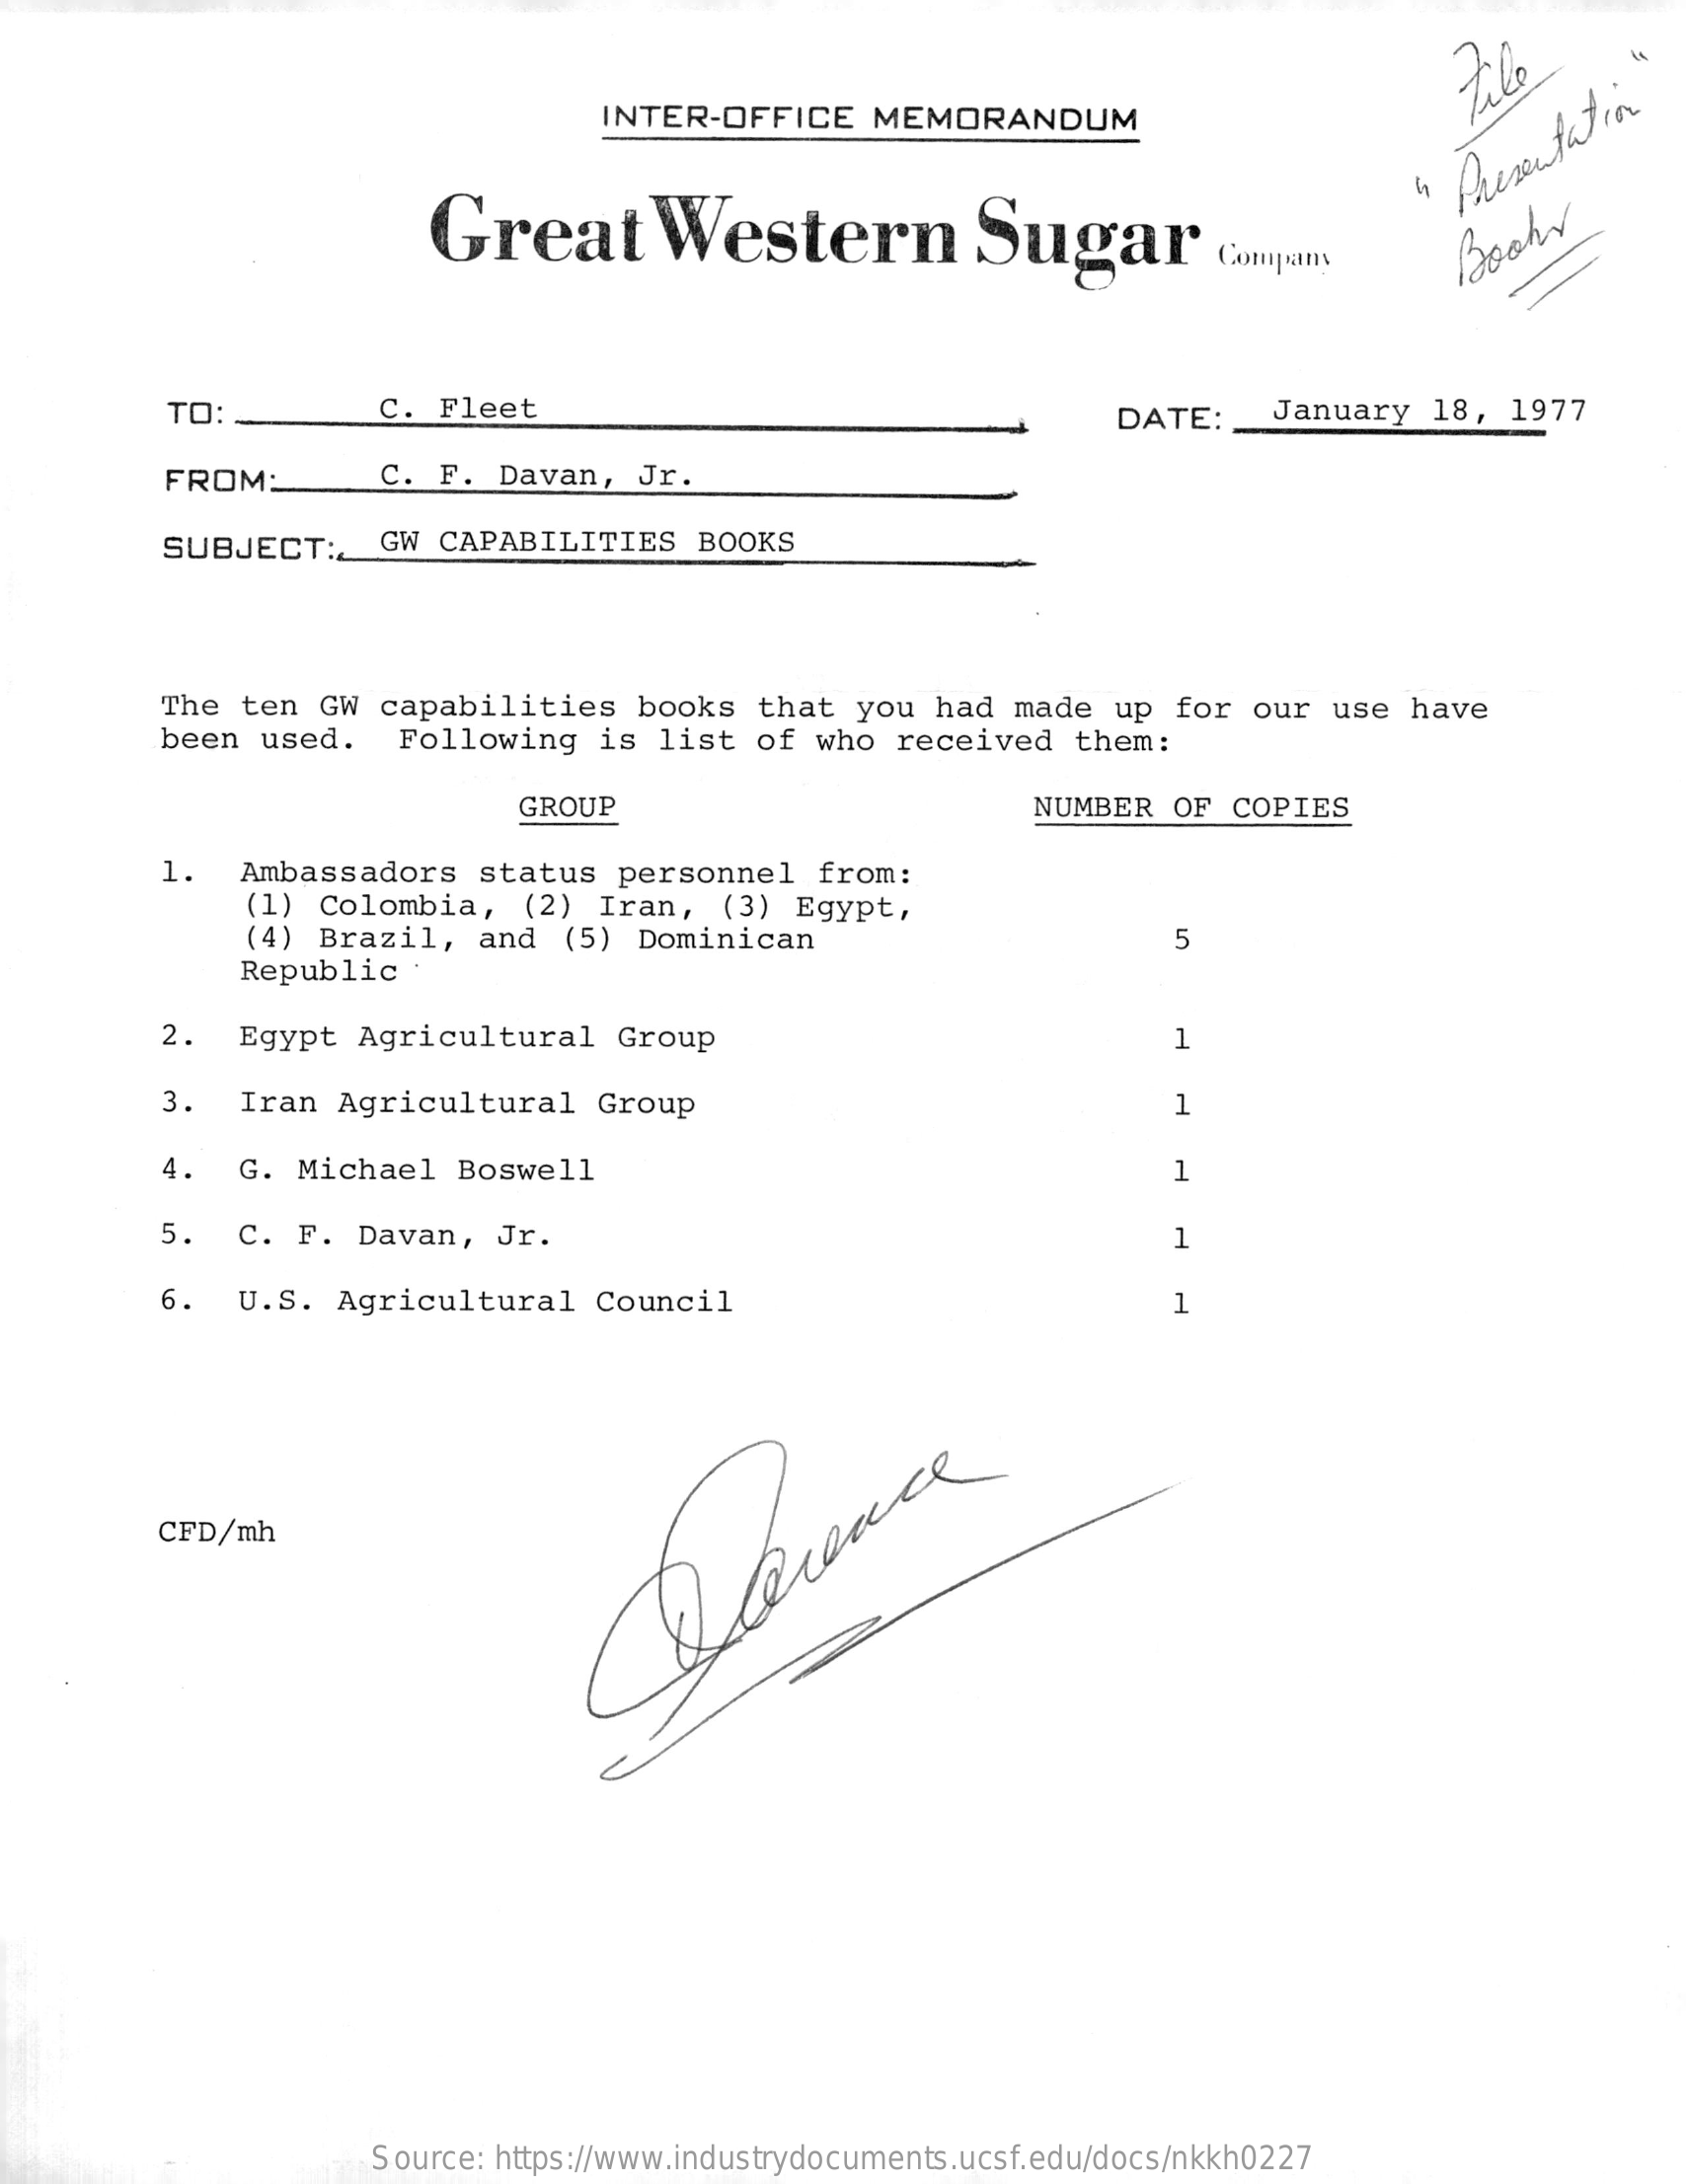
Zile
     INTER-OFFICE    MEMORANDUM
     Great    Western    Sugar    Company
     Presentation
     TO:    C.  Fleet    DATE:    January   18,  1977
     FROM:    C.  F. Davan,   Jr.
     SUBJECT:    GW CAPABILITIES    BOOKS
     The  ten  GW  capabilities    books   that  you  had  made  up  for  our  use  have
     been  used.    Following    is list  of  who  received    them:
     GROUP    NUMBER   OF COPIES
     1.   Ambassadors    status   personnel   from:
     (1) Colombia,    (2)  Iran,  (3)  Egypt,
     (4) Brazil,   and  (5)  Dominican    5
     Republic   :
     2.   Egypt  Agricultural    Group    1
     3.   Iran  Agricultural    Group    1
     4.  G.  Michael   Boswell    1
     5.   C.  F. Davan,   Jr.    1
     6.   U.S.  Agricultural    Council    1
     CFD/mh
     Source: https://www.industrydocuments.ucsf.edu/docs/nkkh0227